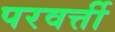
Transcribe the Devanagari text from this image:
परवर्त्ती